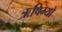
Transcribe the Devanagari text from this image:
ऋषिभ्यो